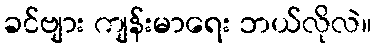
ခင်ဗျား ကျန်းမာရေး ဘယ်လိုလဲ။